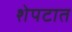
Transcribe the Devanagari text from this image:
शेपटात